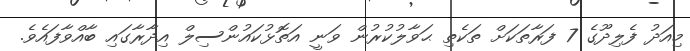
މިއަދު ފެލިދޫގެ 7 ފަރާތަކަށް ތަކެތި ޙަވާލުކުރުން ވަނީ އަތޮޅުކައުންސިލް އިދާރާގައި ބާއްވާފައެވެ.